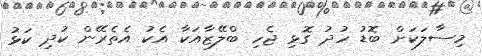
މިސާލަކަށް ބޮޑު ހުދު ގޮޅި ޖެހި ބްލޭޒާއަކާ އެކު އެތެރޭން ކުދި ކަޅު